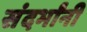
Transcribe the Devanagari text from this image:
संदर्भांनी